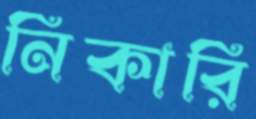
নিকারি